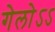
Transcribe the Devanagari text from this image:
गेलोऽऽ